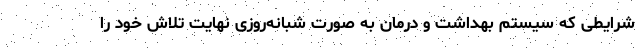
شرایطی که سیستم بهداشت و درمان به صورت شبانه‌روزی نهایت تلاش خود را